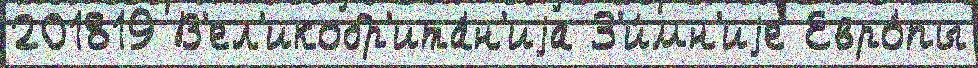
201819 В'ел'икобр'ита́н'иjа З'и́мн'иjе Евро́пы